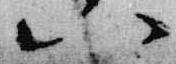
八